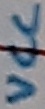
Text: VCC